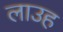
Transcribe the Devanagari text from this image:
लाउह